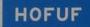
hofuf